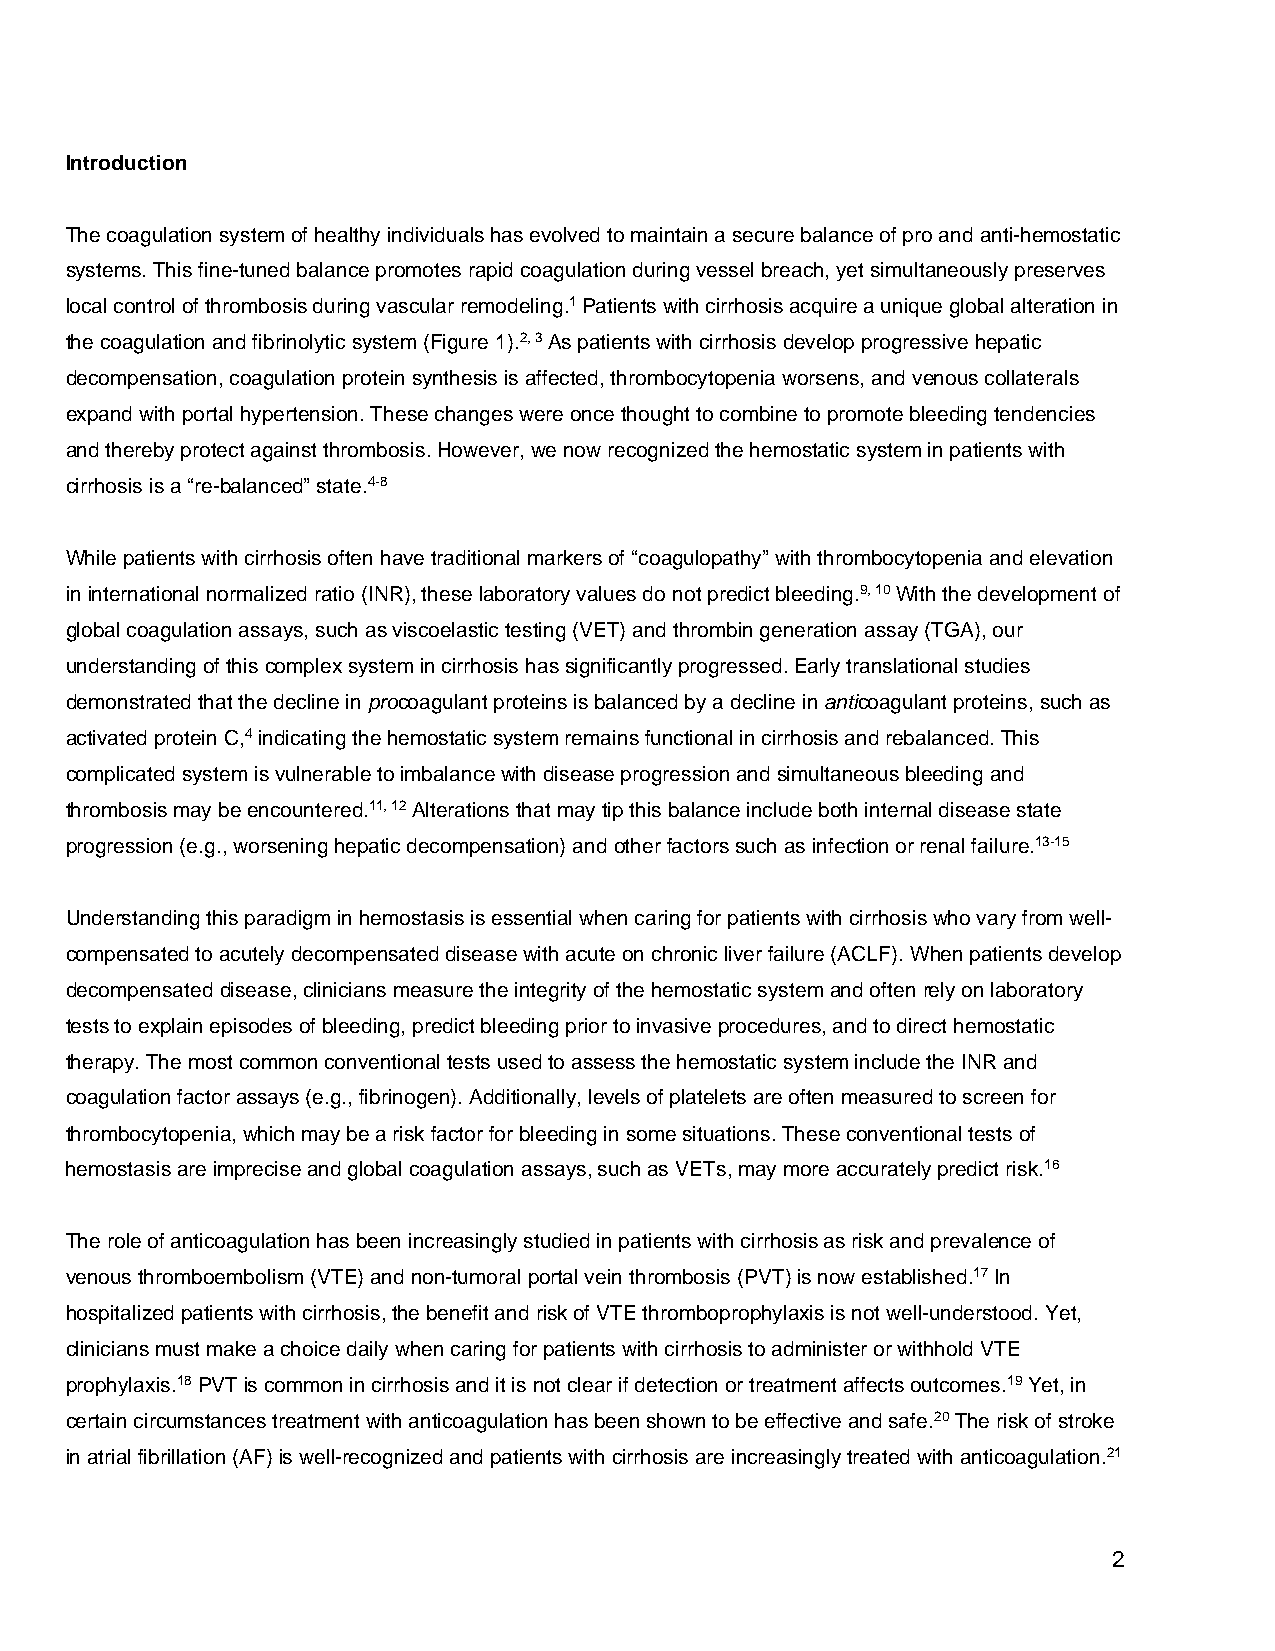
Introduction
 The coagulation system of healthy individuals has evolved to maintain a secure balance of pro and anti-hemostatic
 systems. This fine-tuned balance promotes rapid coagulation during vessel breach, yet simultaneously preserves
 local control of thrombosis during vascular remodeling.1 Patients with cirrhosis acquire a unique global alteration in
 the coagulation and fibrinolytic system (Figure 1).2, 3 As patients with cirrhosis develop progressive hepatic
 decompensation, coagulation protein synthesis is affected, thrombocytopenia worsens, and venous collaterals
 expand with portal hypertension. These changes were once thought to combine to promote bleeding tendencies
 and thereby protect against thrombosis. However, we now recognized the hemostatic system in patients with
 cirrhosis is a “re-balanced” state.4-8
 While patients with cirrhosis often have traditional markers of “coagulopathy” with thrombocytopenia and elevation
 in international normalized ratio (INR), these laboratory values do not predict bleeding.9, 10 With the development of
 global coagulation assays, such as viscoelastic testing (VET) and thrombin generation assay (TGA), our
 understanding of this complex system in cirrhosis has significantly progressed. Early translational studies
 demonstrated that the decline in procoagulant proteins is balanced by a decline in anticoagulant proteins, such as
 activated protein C,4 indicating the hemostatic system remains functional in cirrhosis and rebalanced. This
 complicated system is vulnerable to imbalance with disease progression and simultaneous bleeding and
 thrombosis may be encountered.11, 12 Alterations that may tip this balance include both internal disease state
 progression (e.g., worsening hepatic decompensation) and other factors such as infection or renal failure.13-15
 Understanding this paradigm in hemostasis is essential when caring for patients with cirrhosis who vary from well-
 compensated to acutely decompensated disease with acute on chronic liver failure (ACLF). When patients develop
 decompensated disease, clinicians measure the integrity of the hemostatic system and often rely on laboratory
 tests to explain episodes of bleeding, predict bleeding prior to invasive procedures, and to direct hemostatic
 therapy. The most common conventional tests used to assess the hemostatic system include the INR and
 coagulation factor assays (e.g., fibrinogen). Additionally, levels of platelets are often measured to screen for
 thrombocytopenia, which may be a risk factor for bleeding in some situations. These conventional tests of
 hemostasis are imprecise and global coagulation assays, such as VETs, may more accurately predict risk.16
 The role of anticoagulation has been increasingly studied in patients with cirrhosis as risk and prevalence of
 venous thromboembolism (VTE) and non-tumoral portal vein thrombosis (PVT) is now established.17 In
 hospitalized patients with cirrhosis, the benefit and risk of VTE thromboprophylaxis is not well-understood. Yet,
 clinicians must make a choice daily when caring for patients with cirrhosis to administer or withhold VTE
 prophylaxis.18 PVT is common in cirrhosis and it is not clear if detection or treatment affects outcomes.19 Yet, in
 certain circumstances treatment with anticoagulation has been shown to be effective and safe.20 The risk of stroke
 in atrial fibrillation (AF) is well-recognized and patients with cirrhosis are increasingly treated with anticoagulation.21
 2